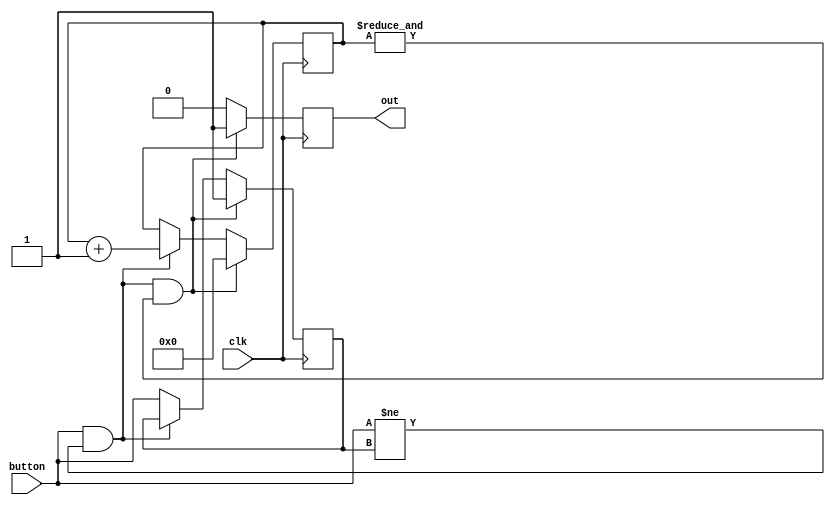
module Debounce(
    input clk, 
    input button,
    output reg out //output reg output 
);

reg previous_state;
reg [21:0]Count; //assume count is null on FPGA configuration

//--------------------------------------------
always @(posedge clk) begin 
    // implement your logic here
    //------------------------------
    // activate every clock cycle
//    if (button != previous_state && Count == 0)
    // if state change and cooldown reached
//    begin
//        previous_state = !previous_state;   // update state
//        out = previous_state;               // update output
//    end else if (Count != 0)
//    // let cooldown occur
//    begin
//        Count <= Count + 1'b1;
//    end
    //------------------------------
    
    //previous_state <= Button;		// localise the reset signal
   if (button && button != previous_state && &Count) begin		// reset block
     out <= 1'b1;					// reset the output to 1
	 Count <= 0;
	 previous_state <= 1;
  end 
  else if (button && button != previous_state) begin
	 out <= 1'b0;
	 Count <= Count + 1'b1;
  end 
  else begin
	 out <= 1'b0;
	 previous_state <= button;
  end
end 


endmodule